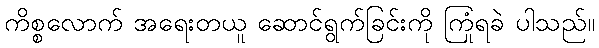
ကိစ္စလောက် အရေးတယူ ဆောင်ရွက်ခြင်းကို ကြုံရခဲ ပါသည်။